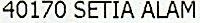
40170 SETIA ALAM